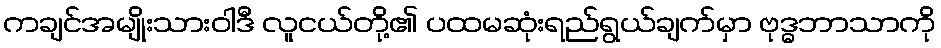
ကချင်အမျိုးသားဝါဒီ လူငယ်တို့၏ ပထမဆုံးရည်ရွယ်ချက်မှာ ဗုဒ္ဓဘာသာကို